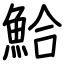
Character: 鮯